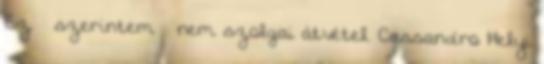
Ez – szerintem – nem szolgai átvétel. Cassandro Ħelyi